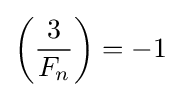
\left({\frac {3}{F_{n}}}\right)=-1